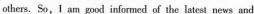
others.So，I am good informed of the latest news and